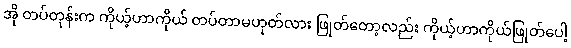
အို တပ်တုန်းက ကိုယ့်ဟာကိုယ် တပ်တာမဟုတ်လား ဖြုတ်တော့လည်း ကိုယ့်ဟာကိုယ်ဖြုတ်ပေါ့